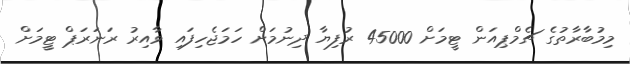
މިމުބާރާތުގެ ޗެމްޕިއަން ޓީމަށް 45000 ރުފިޔާ ދިނުމަށް ހަމަޖެހިފައި ވާއިރު ރަނަރަޕް ޓީމަށް